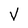
Character: V